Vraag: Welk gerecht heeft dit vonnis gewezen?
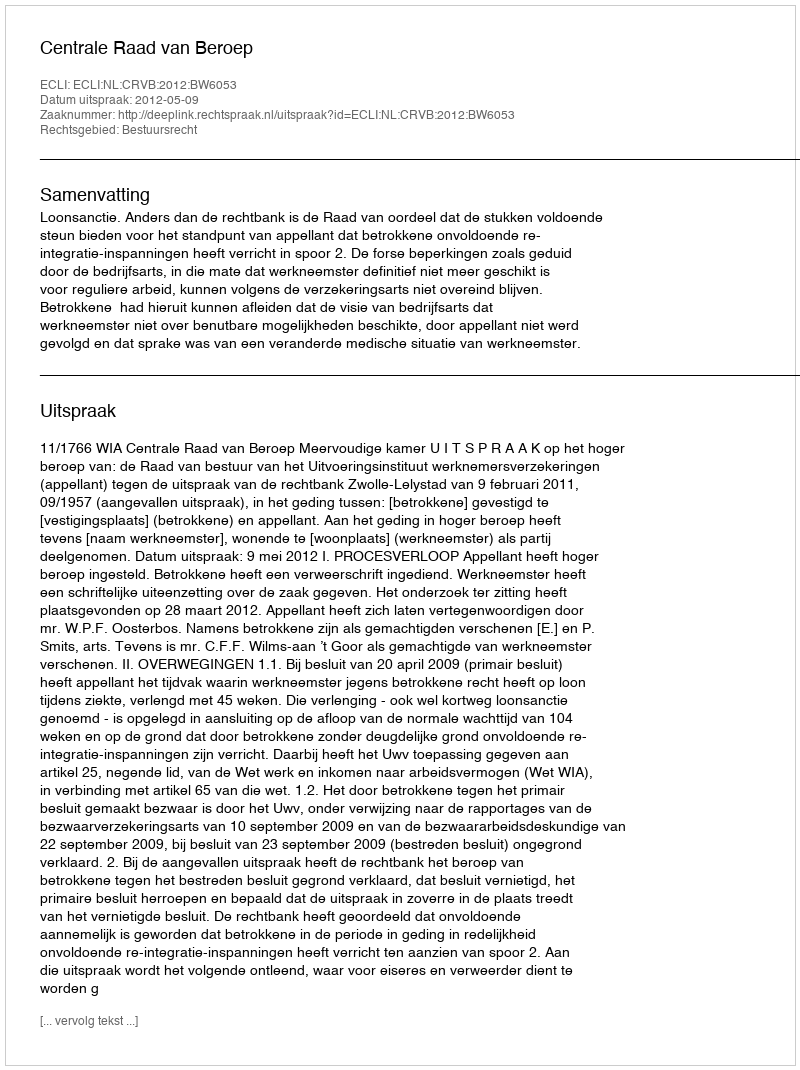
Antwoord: Centrale Raad van Beroep